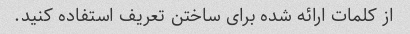
از کلمات ارائه شده برای ساختن تعریف استفاده کنید.